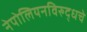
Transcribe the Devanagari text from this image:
नेपोलियनविरुद्धचे